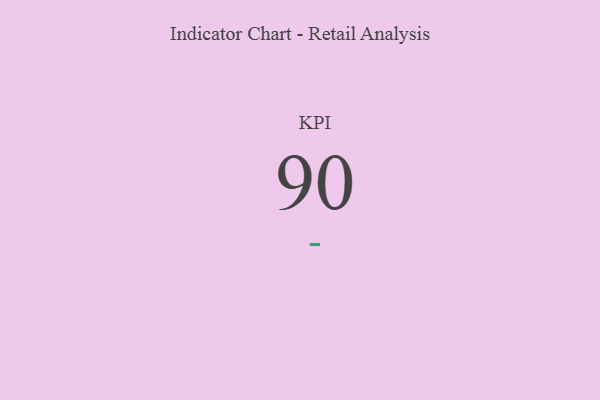
{"axis": {"x": "KPI", "y": "Value"}, "legend": [""], "data": [{"x": "KPI", "y": 90, "type": ""}]}